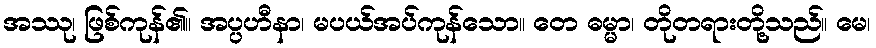
အဿု၊ ဖြစ်ကုန်၏။ အပ္ပဟီနာ၊ မပယ်အပ်ကုန်သော။ တေ ဓမ္မာ၊ တိုတရားတို့သည်။ မေ၊